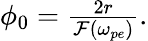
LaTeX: \begin{array}{r}{\phi_{0}=\frac{2r}{\mathcal{F}(\omega_{pe})}.}\end{array}